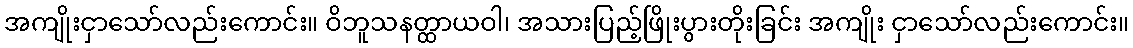
အကျိုးငှာသော်လည်းကောင်း။ ဝိဘူသနတ္ထာယဝါ၊ အသားပြည့်ဖြိုးပွားတိုးခြင်း အကျိုး ငှာသော်လည်းကောင်း။